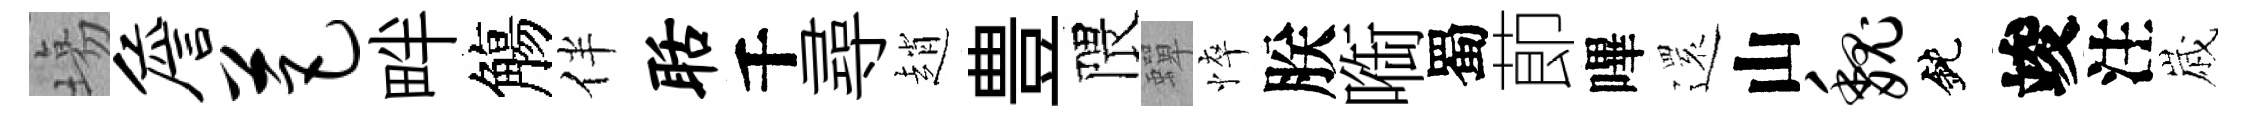
塲詹芭畔觴伴聒千尋趙豊隈蟬悴朕㗸蜀莭嗶𮟃山魏鈍竣注𡻕